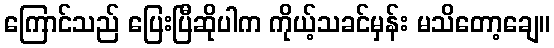
ကြောင်သည် ပြေးပြီဆိုပါက ကိုယ့်သခင်မှန်း မသိတော့ချေ။